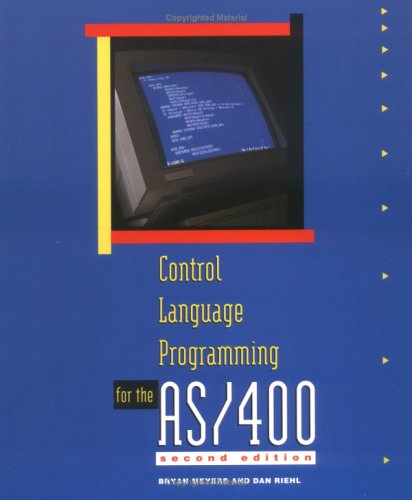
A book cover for Control Language Programming for the AS/400 (2nd Edition); Bryan Meyers; Computers & Technology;